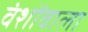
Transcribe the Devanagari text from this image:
वंशोंवाला